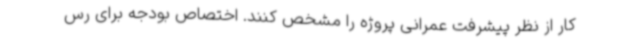
کار از نظر پیشرفت عمرانی پروژه را مشخص کنند. اختصاص بودجه برای رس